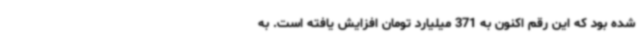
شده بود که این رقم اکنون به 371 میلیارد تومان افزایش یافته است. به